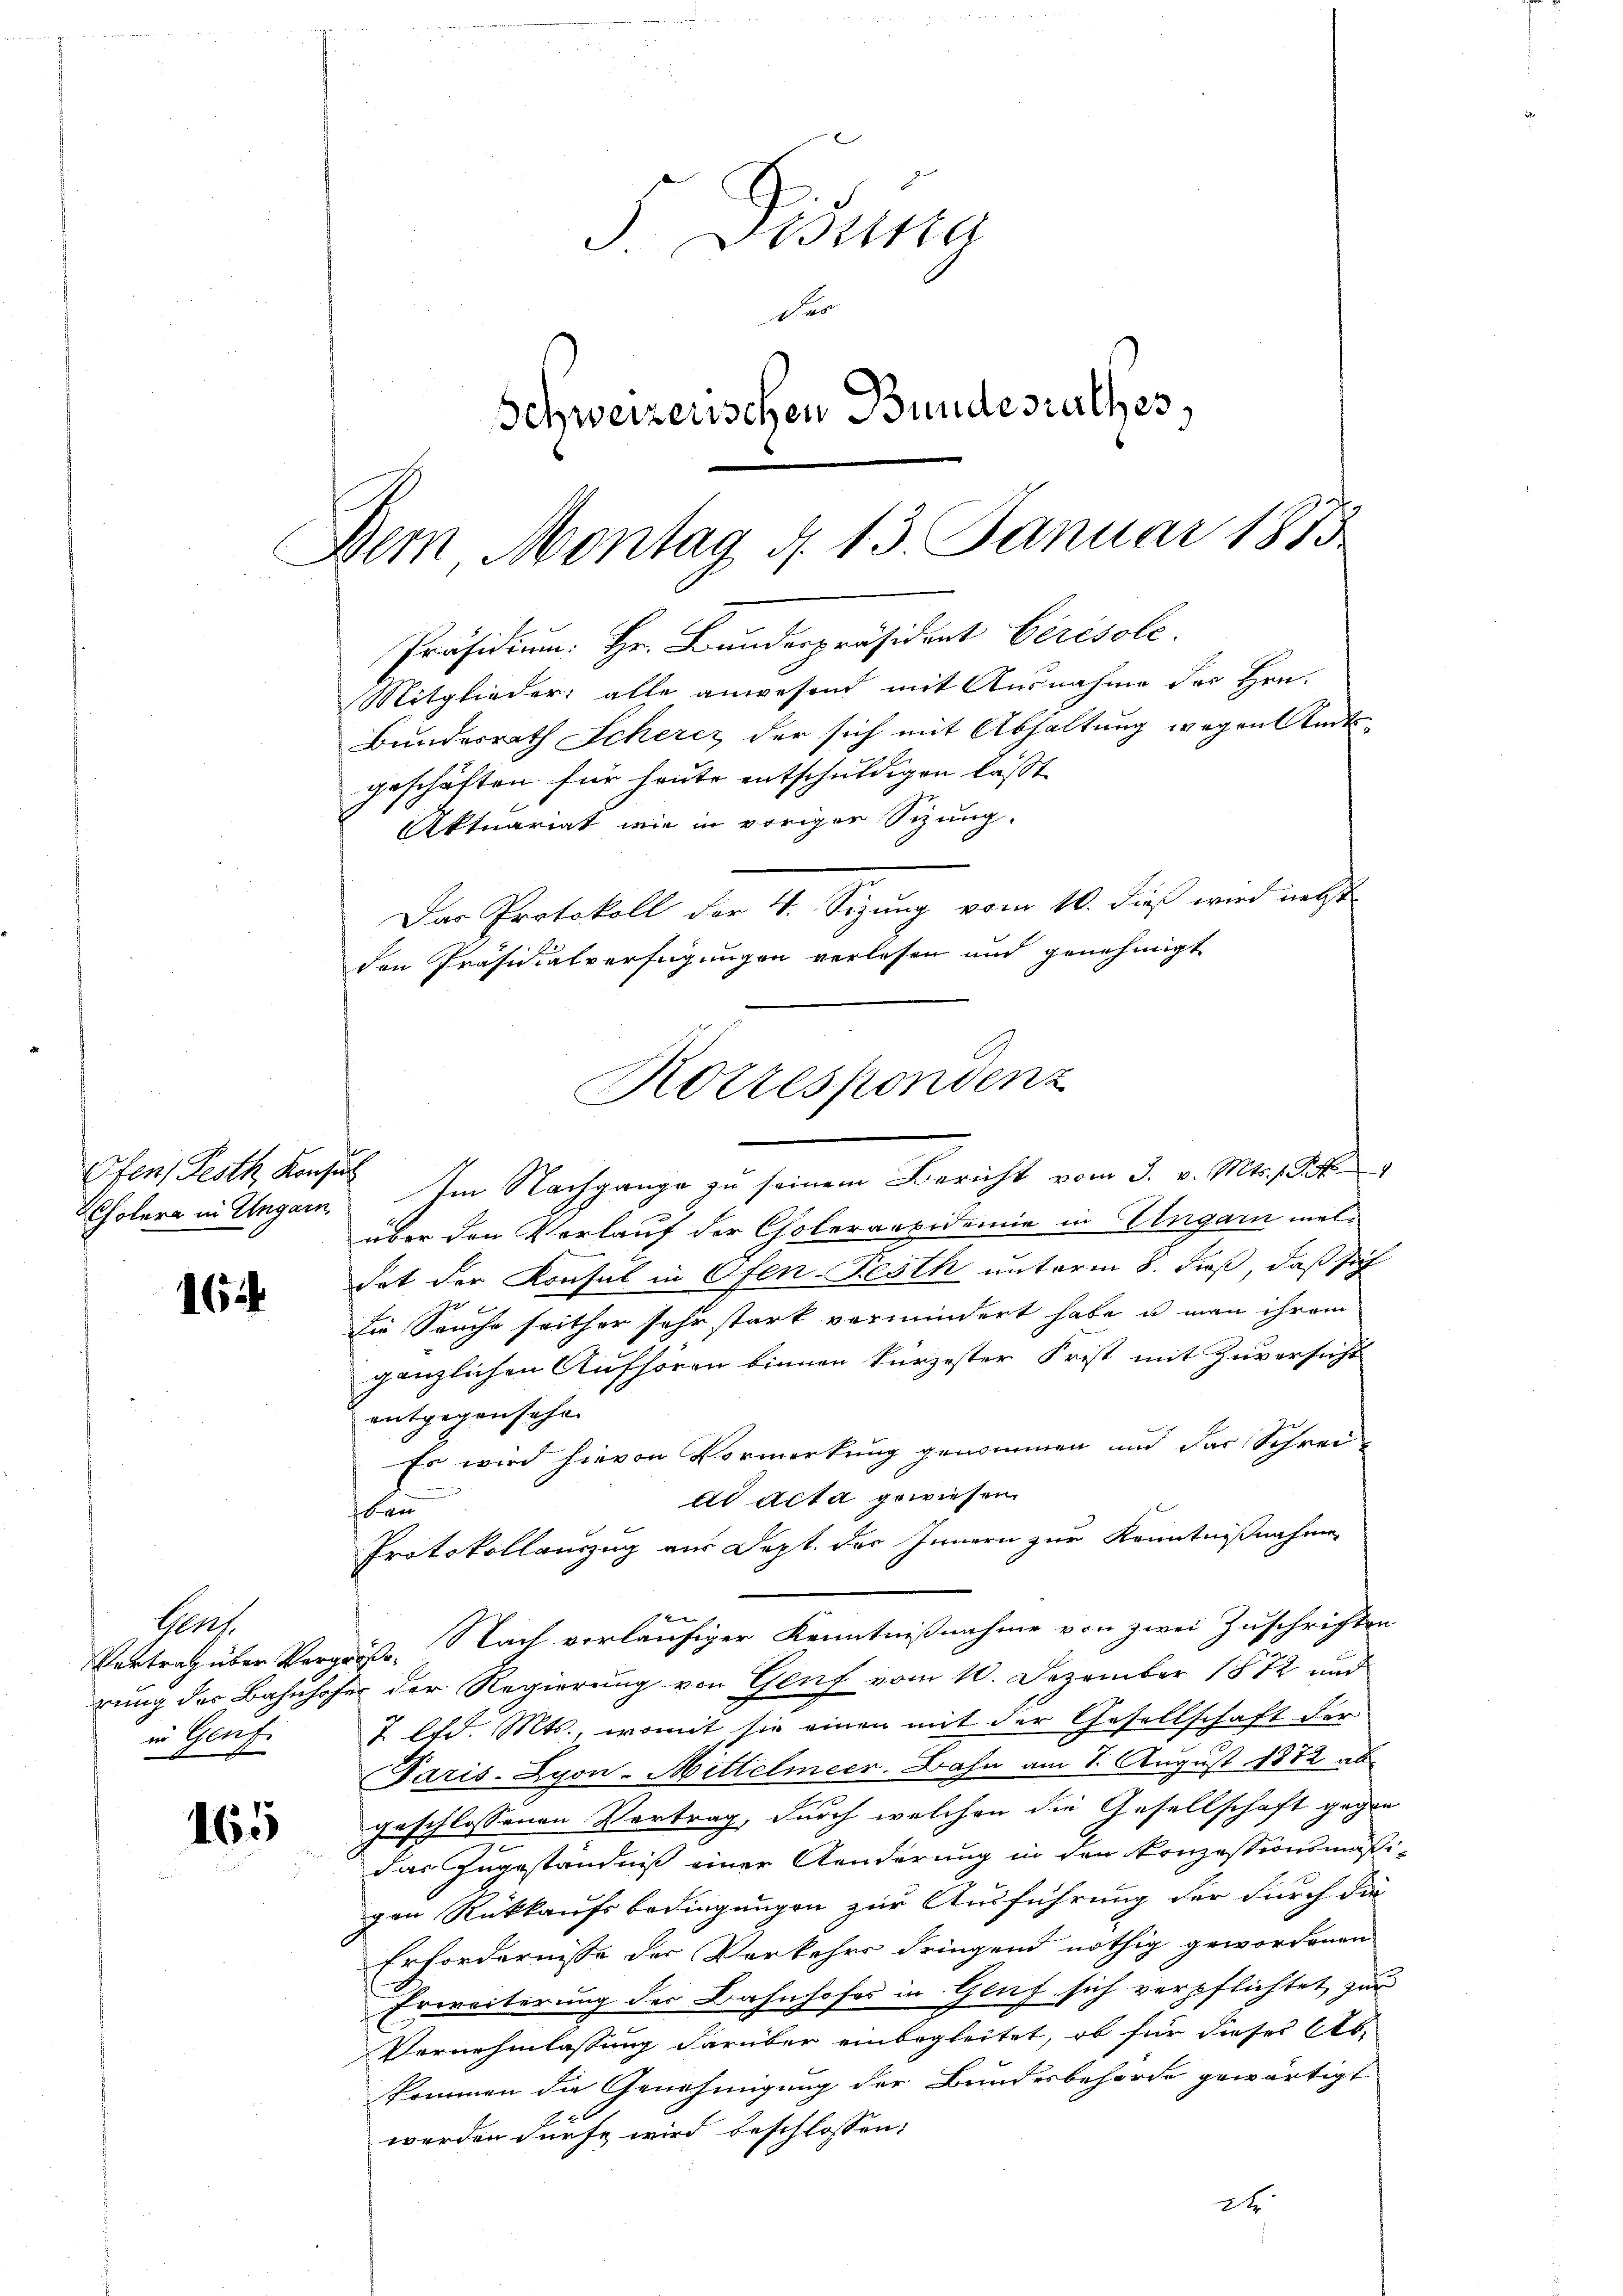
Ofens Festh Konsul
Cholera in Ungarn

164

165

Gent
Vertrag über Vergr
rung der Bahnhofe
in Aeuf
x

5 Disena
Dar
Schweizerischen Bundesrathes,

Dem Montag d. 13. Januar 1855
Präsidium. Hr. Bunderpräsident Cérésole
Mitglieder: alle anwesend mit Ausnahme des Hrn.
Bundesrath Scherer der sich mit Abhaltung wegen Amts¬

geschäften für heute entschuldigen lasst,
Aktuariat wie in voriger Sizung.

Im Nachgange zu seinem Bericht vom 3. v. Mts. S.
über den Verlauf der Choleraesidemie in Ungarn meldat der Konsul in Ofen-Festh unterm 8. dieß, daß sich
die Seuche seither sehr stark vermindert habe u man ihrem
gänzlichen Aufhören binnen kurzester Frist mit Zuversicht
entgegensehe
Es wird hievon Vormerkung genommen und das Schreidd acta gewiesen.
ban
Protokollauszug aus Dept. des Innern zur Kenntnißnahme
Nach vorläufiger Kenntnißnahme von zwei Zuschriften
u
 der Regierung von Genf vom 10. Dezember 1872 und
J lfd. Mts., womit sie einen mit der Gesellschaft der
Paris. Lyon-Mittelmeer. Bahn am 7. August 1872 ab
geschlossenen Vertrag, durch welchen die Gesellschaft gegen
das Zugeständniß einer Aenderung in den Konzessionsmäßgen Rückkaufsbedingungen zur Ausführung der durch die
Erfordernisse der Verkehrs dringend nöthig gewordenen
Erweiterung der Bahnhofes in Genf sich verpflichtet, zur
Vernehmlassung darüber einbegleitet, ob für dieser Abkommen die Genehmigung der Bundesbehörde gewärtigt
werden dürfe wird beschlossen:
2t

Das Protokoll der 4. Sizung vom 10. dieß wird nebst
den Präsidialverfügungen verlesen und genehmigt

Korrespondenz